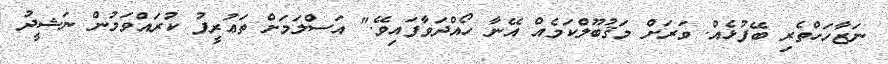
ނަޒާހަހްތެރި ބޭފުޅެއް. ވަރަށް މަޤުބޫލްކަމެއް އޭނާ ހޯއްދަވާފައިވޭ." އަސްލަމަށް ތަޢުރީފު ކުރައްވަމުން ނަޝީދު